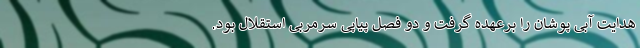
هدایت آبی پوشان را برعهده گرفت و دو فصل پیاپی سرمربی استقلال بود.